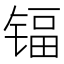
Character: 𮸕